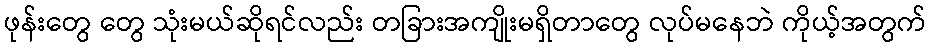
ဖုန်းတွေ တွေ သုံးမယ်ဆိုရင်လည်း တခြားအကျိုးမရှိတာတွေ လုပ်မနေဘဲ ကိုယ့်အတွက်